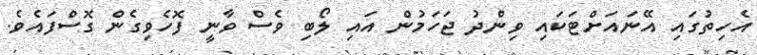
އެހިތުގައި އޭނައަށްޓަކައި ވިންދު ޖަހަމުން އައި ލޯބި ވެސް ވާނީ ފޮހެވިގެން ގޮސްފައެވެ.